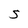
Character: S